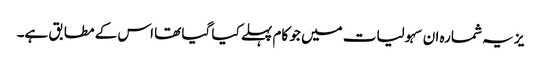
یز یہ شمارہ ان سہولیات میں جو کام پہلے کیا گیا تھا اس کے مطابق ہے۔